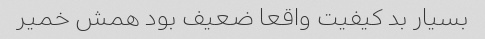
بسیار بد کیفیت واقعا ضعیف بود همش خمیر